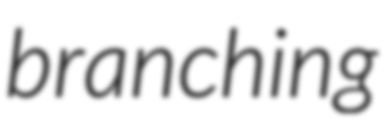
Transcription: branching